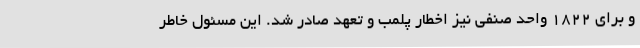
و برای 1822 واحد صنفی نیز اخطار پلمب و تعهد صادر شد. این مسئول خاطر